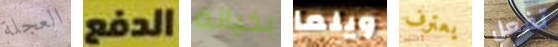
العجلة الدفع بخيانة ويلما يعترف تفعل